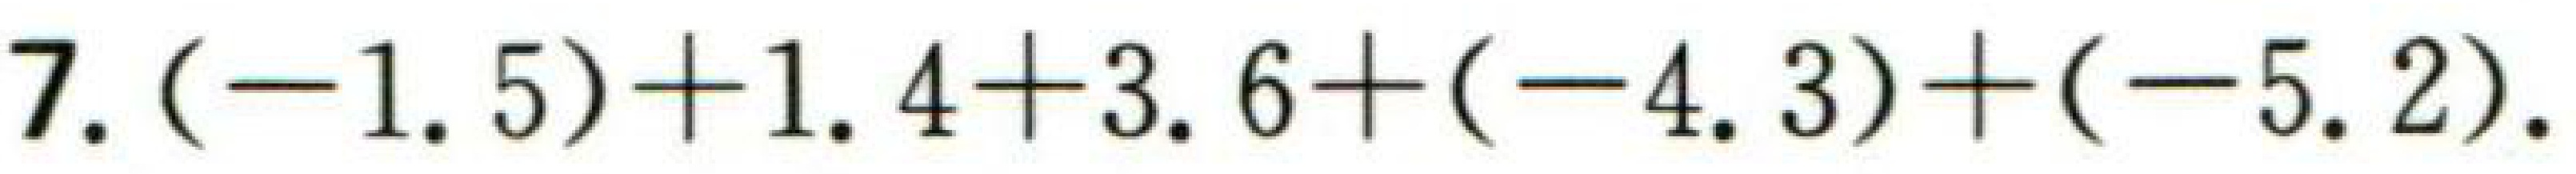
7.$(-1.5)+1.4 + 3.6+(-4.3)+(-5.2)$.